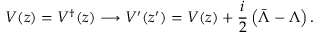
V ( z ) = V ^ { \dagger } ( z ) \longrightarrow V ^ { \prime } ( z ^ { \prime } ) = V ( z ) + \frac { i } { 2 } \left( \bar { \Lambda } - \Lambda \right) .